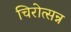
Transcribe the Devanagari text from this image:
चिरोत्सन्न